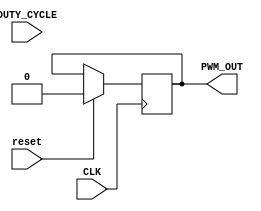
`timescale 1ns / 1ps
//////////////////////////////////////////////////////////////////////////////////
// Company: 
// Engineer: 
// 
// Design Name: 
// Module Name:    PWMR 
// Project Name: 
// Target Devices: 
// Tool versions: 
// Description: 
//
// Dependencies: 
//
// Revision: 
// Revision 0.01 - File Created
// Additional Comments: 
//
//////////////////////////////////////////////////////////////////////////////////
module PWMR(
    input CLK, // input clock
	 input reset, // forces PWM_OUT to 0
    input [7:0] DUTY_CYCLE, // 0-65535 duty cycle (65535 means 100% output)
    output PWM_OUT
    );
	 
	 // pwm to output
	 
	 reg [7:0] cycle; // 65535
	 
	 reg pwm;
	 assign PWM_OUT = pwm;
	 initial begin
		cycle = 0;
		pwm = 0;
	 end
	 
	 parameter CYCLE_SIZE = 255; // tune this to fit exact
	 
	 // PWM signal 
	 always @(posedge CLK) begin
	   // cycle incrementer
		cycle <= (cycle >= CYCLE_SIZE) ? 0 : cycle+1;
		
		// assign pwm based on percentage (duty cycle) of the cycle size
		// for advanced
		pwm <= (cycle < DUTY_CYCLE) ? 1 : 0;
		// ^^ Complex expression
		
		if(reset) begin
			cycle=0;
			pwm=0;
		end
	 end
endmodule